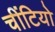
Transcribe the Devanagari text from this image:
चींटियो